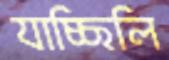
যাচ্ছিলি